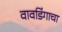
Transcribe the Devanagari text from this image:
वावडिंगाचा